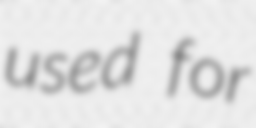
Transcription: used for